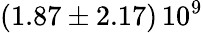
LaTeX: \left(1.87\pm 2.17\right)\, 10^{9}